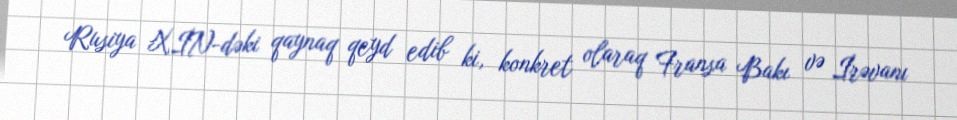
Rusiya XİN-dəki qaynaq qeyd edib ki, konkret olaraq Fransa Bakı və İrəvanı